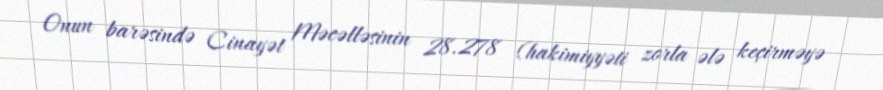
Onun barəsində Cinayət Məcəlləsinin 28.278 (hakimiyyəti zorla ələ keçirməyə